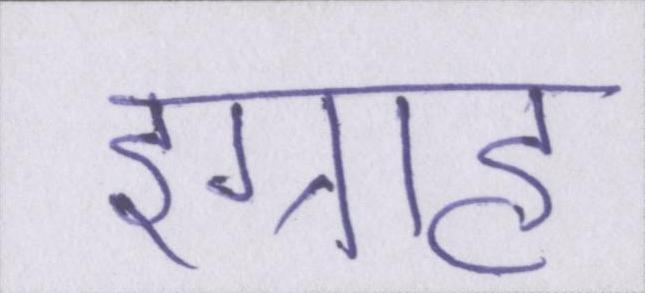
इग्राह